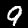
Label: 9